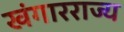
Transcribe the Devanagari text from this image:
खंगारराज्य